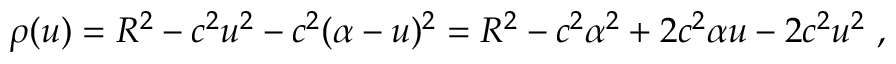
\rho ( u ) = R ^ { 2 } - c ^ { 2 } u ^ { 2 } - c ^ { 2 } ( \alpha - u ) ^ { 2 } = R ^ { 2 } - c ^ { 2 } \alpha ^ { 2 } + 2 c ^ { 2 } \alpha u - 2 c ^ { 2 } u ^ { 2 } \ ,